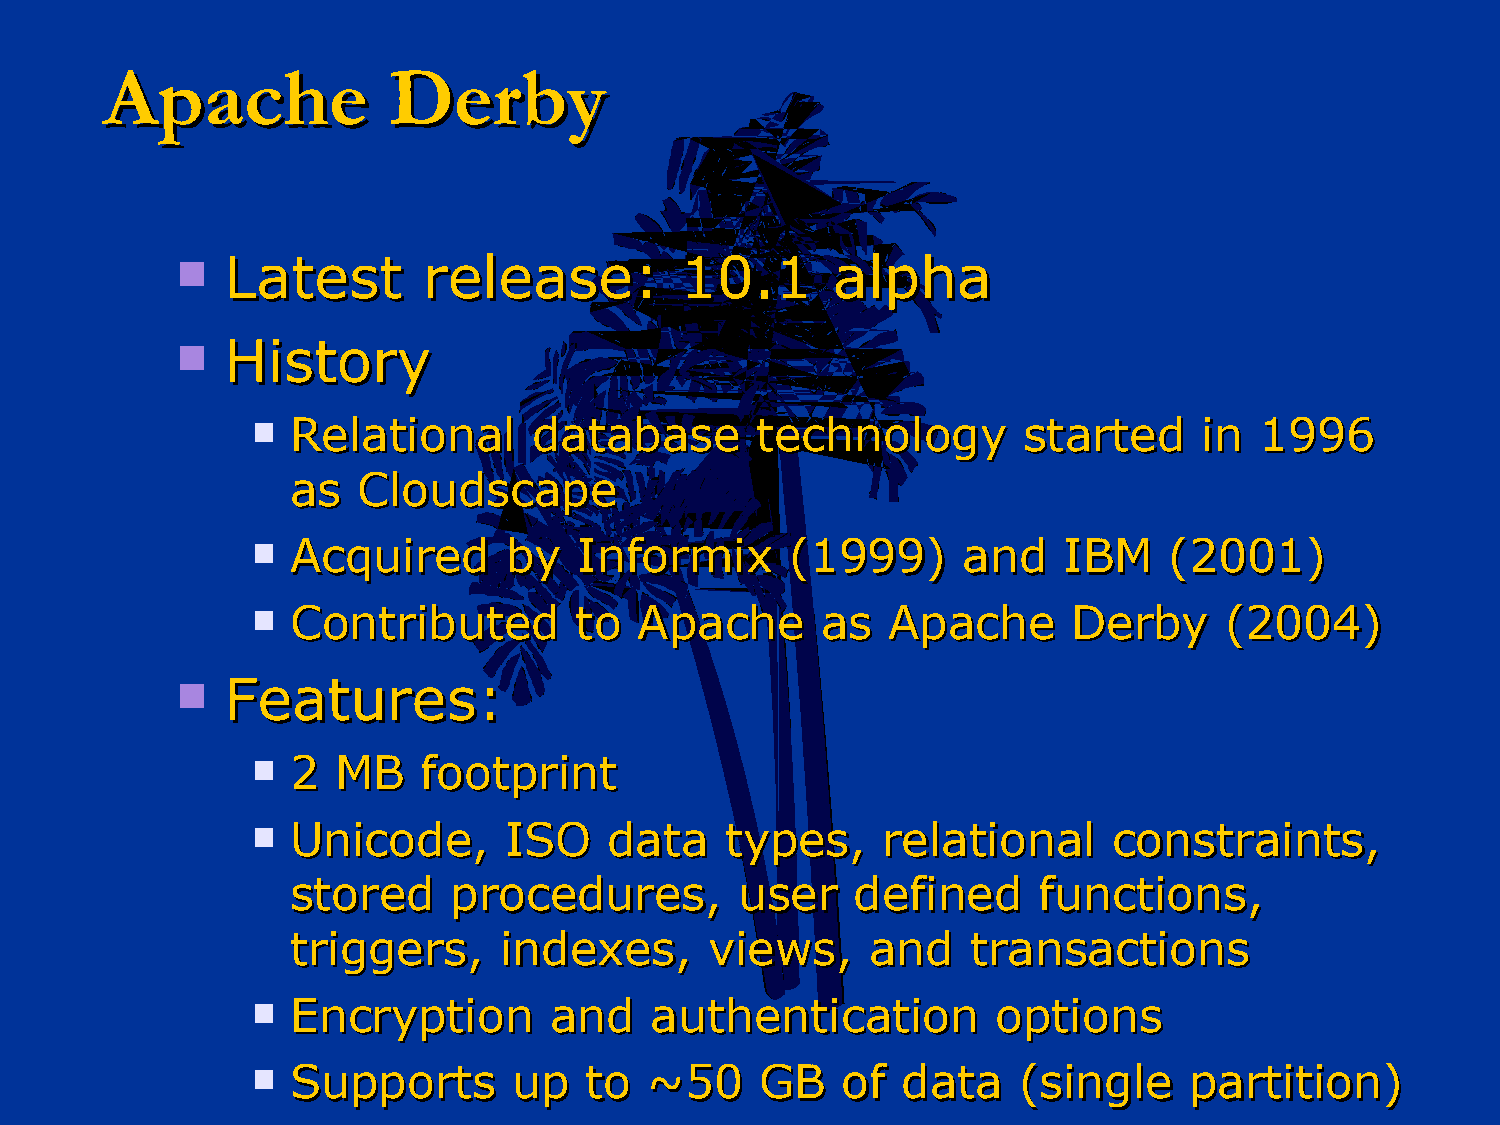
AAppaacchhee       DDeerrbbyy
   LLaatteesstt rreelleeaassee:: 1100..11  aallpphhaa
   HHiissttoorryy
  RReellaattiioonnaall ddaattaabbaassee tteecchhnnoollooggyy ssttaarrtteedd iinn 11999966
 aass CClloouuddssccaappee
  AAccqquuiirreedd bbyy IInnffoorrmmiixx ((11999999)) aanndd IIBBMM ((22000011))
  CCoonnttrriibbuutteedd ttoo AAppaacchhee aass AAppaacchhee DDeerrbbyy ((22000044))
   FFeeaattuurreess::
  22 MMBB  ffoooottpprriinntt
  UUnniiccooddee,, IISSOO ddaattaa ttyyppeess,, rreellaattiioonnaall ccoonnssttrraaiinnttss,,
 ssttoorreedd pprroocceedduurreess,, uusseerr ddeeffiinneedd ffuunnccttiioonnss,,
 ttrriiggggeerrss,, iinnddeexxeess,, vviieewwss,, aanndd ttrraannssaaccttiioonnss
  EEnnccrryyppttiioonn aanndd aauutthheennttiiccaattiioonn ooppttiioonnss
  SSuuppppoorrttss uupp ttoo ~~5500 GGBB ooff ddaattaa ((ssiinnggllee ppaarrttiittiioonn))